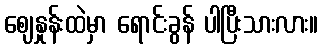
ဈေနှုန်းထဲမှာ ရောင်းခွန် ပါပြီးသားလား။